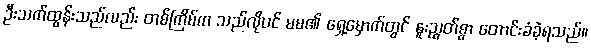
ဦးသက်ထွန်းသည်လည်း တစ်ကြိမ်က သည်လိုပင် မမ၏ ရှေ့မှောက်တွင် နူးညွတ်စွာ တောင်းခံခဲ့ရသည်။